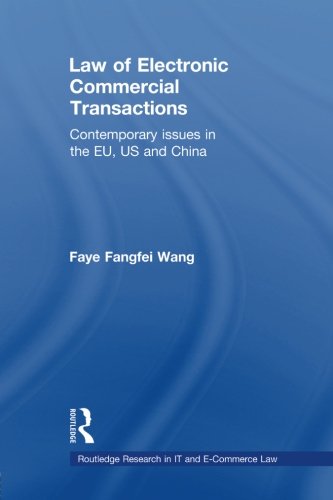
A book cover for Law of Electronic Commercial Transactions: Contemporary Issues in the EU, US and China (Routledge Research in IT and E-Commerce Law); Faye Fangfei Wang; Law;